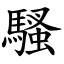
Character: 騷